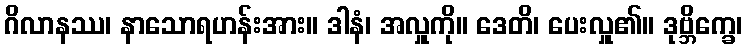
ဂိလာနဿ၊ နာသောရဟန်းအား။ ဒါနံ၊ အလှူကို။ ဒေတိ၊ ပေးလှူ၏။ ဒုဗ္ဘိက္ခေ၊